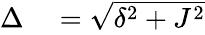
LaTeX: \begin{array}{rl}{\Delta}&{{}=\sqrt{\delta^{2}+J^{2}}}\end{array}